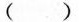
()